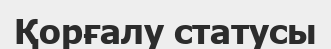
Қорғалу статусы